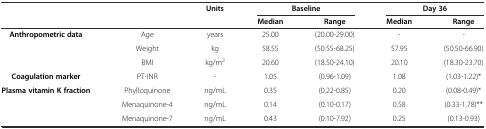
<table><thead><tr><td rowspan="2" colspan="2"></td><td rowspan="2"><b>Units</b></td><td colspan="2"><b>Baseline</b></td><td colspan="2"><b>Day 36</b></td></tr><tr><td><b>Median</b></td><td><b>Range</b></td><td><b>Median</b></td><td><b>Range</b></td></tr></thead><tbody><tr><td rowspan="3"><b>Anthropometric data</b></td><td>Age</td><td>years</td><td>25.00</td><td>(20.00-29.00)</td><td>-</td><td>-</td></tr><tr><td>Weight</td><td>kg</td><td>58.55</td><td>(50.55-68.25)</td><td>57.95</td><td>(50.50-66.90)</td></tr><tr><td>BMI</td><td>kg/m<sup>2</sup></td><td>20.60</td><td>(18.50-24.10)</td><td>20.10</td><td>(18.30-23.70)</td></tr><tr><td><b>Coagulation marker</b></td><td>PT-INR</td><td>-</td><td>1.05</td><td>(0.96-1.09)</td><td>1.08</td><td>(1.03-1.22)*</td></tr><tr><td rowspan="3"><b>Plasma vitamin K fraction</b></td><td>Phylloquinone</td><td>ng/mL</td><td>0.35</td><td>(0.22-0.85)</td><td>0.20</td><td>(0.08-0.49)*</td></tr><tr><td>Menaquinone-4</td><td>ng/mL</td><td>0.14</td><td>(0.10-0.17)</td><td>0.58</td><td>(0.33-1.78)**</td></tr><tr><td>Menaquinone-7</td><td>ng/mL</td><td>0.43</td><td>(0.10-7.92)</td><td>0.25</td><td>(0.13-0.93)</td></tr></tbody></table>